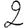
Digit: 2